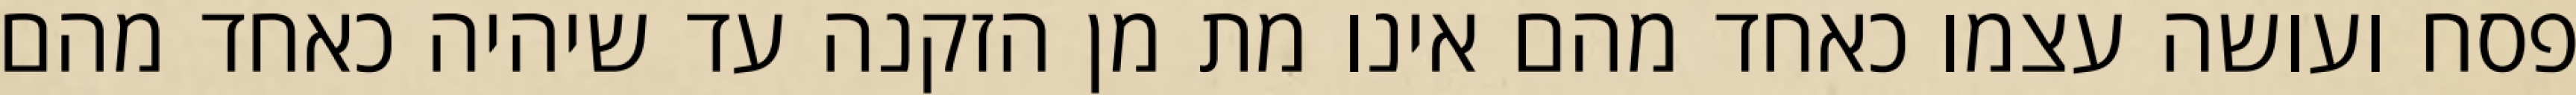
פסח ועושה עצמו כאחד מהם אינו מת מן הזקנה עד שיהיה כאחד מהם